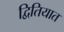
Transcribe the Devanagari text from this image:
द्वितियात